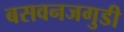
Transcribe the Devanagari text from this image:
बसवनजगुडी